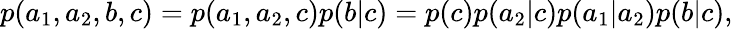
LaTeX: \begin{array}{r}{p(a_{1},a_{2},b,c)=p(a_{1},a_{2},c)p(b|c)=p(c)p(a_{2}|c)p(a_{1}|a_{2})p(b|c),}\end{array}